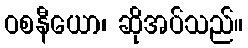
ဝစနီယော၊ ဆိုအပ်သည်။